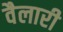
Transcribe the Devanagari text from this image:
वैलारी